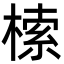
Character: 㮦